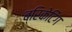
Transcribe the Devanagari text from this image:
ब्रिकेटिंग